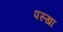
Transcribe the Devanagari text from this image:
पस्खा